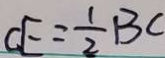
C E = \frac { 1 } { 2 } B C